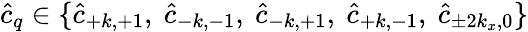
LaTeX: \hat{c}_{q}\in\{ \hat{c}_{+k,+1},\ \hat{c}_{-k,-1},\ \hat{c}_{-k,+1},\ \hat{c}_{+k,-1},\ \hat{c}_{\pm 2k_{x},0}\}